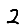
Digit: 2